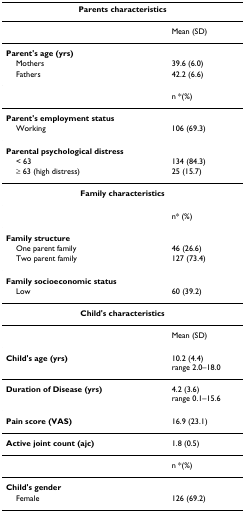
| <COLSPAN=2> Parents characteristics |
 | --- | --- |
 |  | Mean (SD) |
 | Parent's age (yrs) |  |
 | Mothers | 39.6 (6.0) |
 | Fathers | 42.2 (6.6) |
 |  | n *(%) |
 | Parent's employment status |  |
 | Working | 106 (69.3) |
 | Parental psychological distress |  |
 | < 63 | 134 (84.3) |
 | ≥ 63 (high distress) | 25 (15.7) |
 | <COLSPAN=2> Family characteristics |
 |  | n* (%) |
 | Family structure |  |
 | One parent family | 46 (26.6) |
 | Two parent family | 127 (73.4) |
 | Family socioeconomic status |  |
 | Low | 60 (39.2) |
 | <COLSPAN=2> Child's characteristics |
 |  | Mean (SD) |
 | Child's age (yrs) | 10.2 (4.4)range 2.0–18.0 |
 | Duration of Disease (yrs) | 4.2 (3.6)range 0.1–15.6 |
 | Pain score (VAS) | 16.9 (23.1) |
 | Active joint count (ajc) | 1.8 (0.5) |
 |  | n *(%) |
 | Child's gender |  |
 | Female | 126 (69.2) |